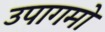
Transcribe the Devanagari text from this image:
उपागमो